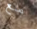
مع